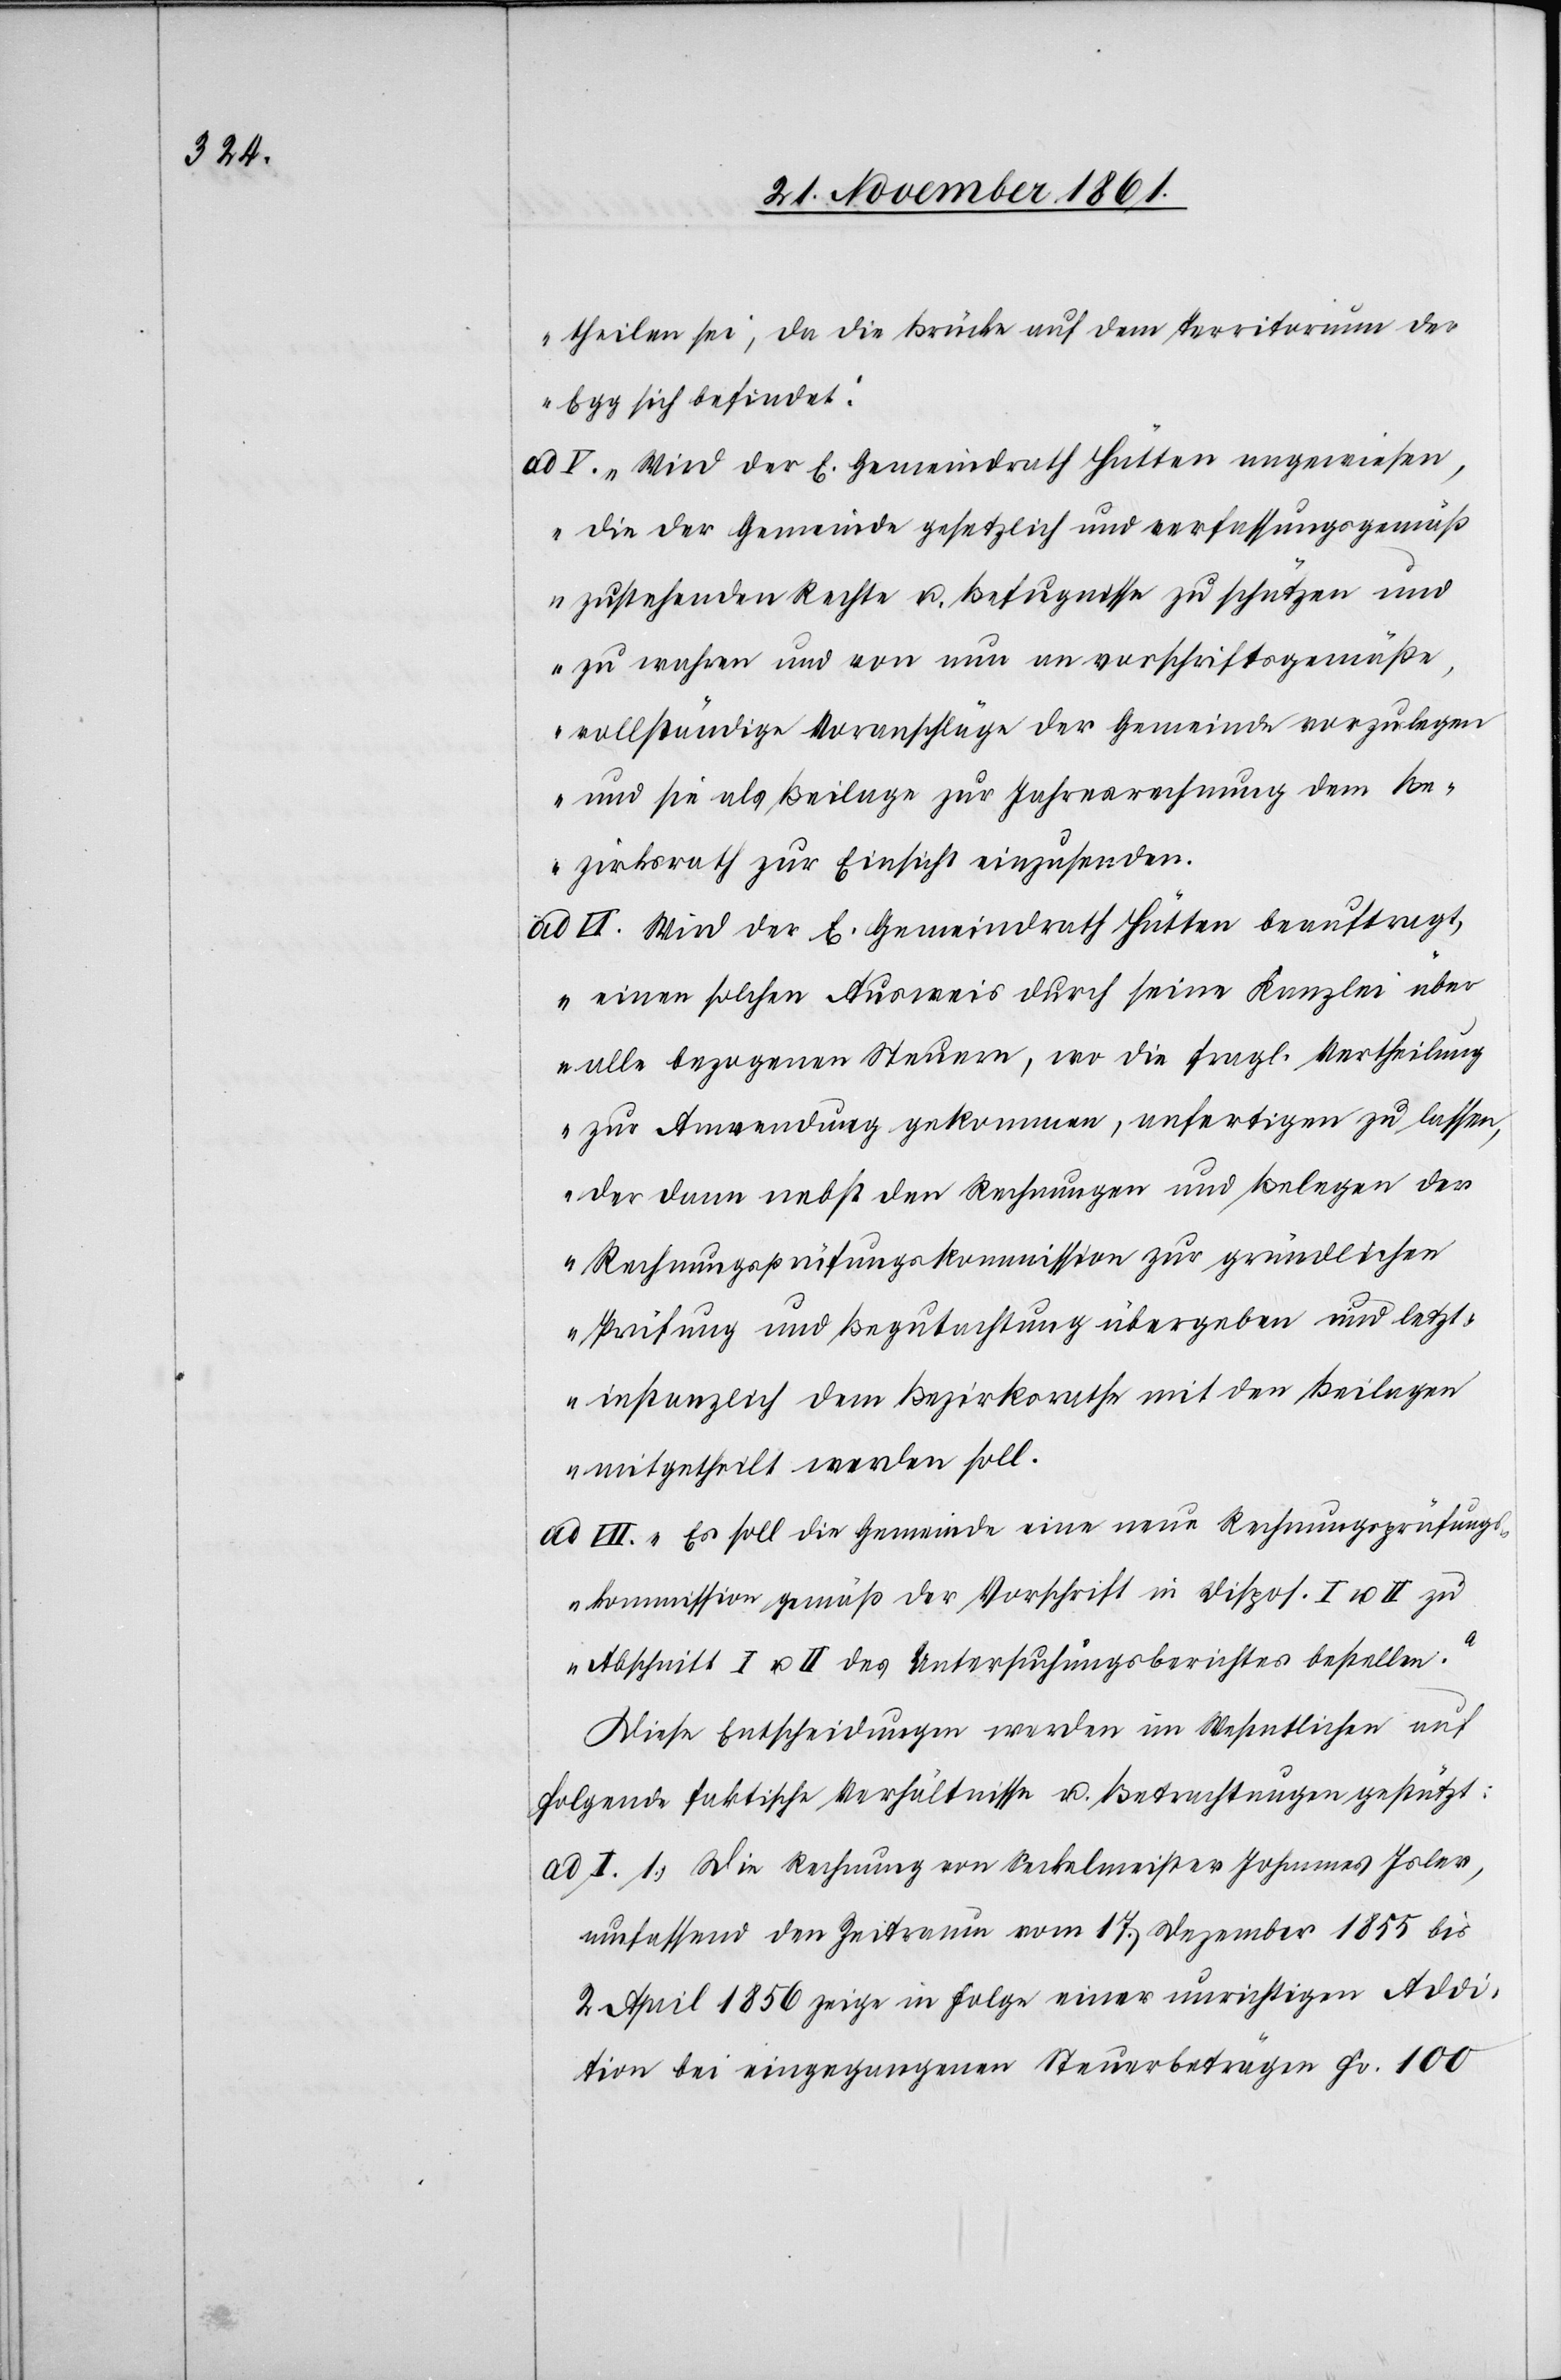
theilen sei, da die Brücke auf dem Territorium der
Egg sich befindet.
V. „Wird der E. Gemeindrath Hètten angewiesen,
die der Gemeinde gesetzlich und verfassungsgemäß
zustehenden Rechte u. Befugnisse zu schützen und
zu wahren und von nun an vorschriftsgemäße,
vollständige Voranschläge der Gemeinde vorzulegen
und sie als Beilage zur Jahresrechnung dem Be¬
zirksrath zur Einsicht einzusenden.
Ad. VI. Wird der E. Gemeindrath Hütten beauftragt,
einen solchen Ausweis durch seine Kanzlei über
alle bezogenen Steuern, wo die fragl. Vertheilung
zur Anwendung gekommen, anfertigen zu lassen,
der dann nebst den Rechnungen und Belegen der
Rechnungsprüfungskommission zur gründlichen
Prüfung und Begutachtung übergeben und letzt¬
instanzlich dem Bezirksrathe mit den Beilagen
mitgetheilt werden soll.
ad VII. Es soll die Gemeinde eine neue Rechnungsprüfungs¬
kommission gemäß der Vorschrift in Dispos. I u. II. zu
Abschnitt I. u. II des Untersuchungsberichtes bestellen.“
Diese Entscheidungen werden im Wesentlichen auf
folgende faktische Verhältnisse u. Betrachtungen gestützt:
ad I. 1.) Die Rechnung von Seckelmeister Johannes Isler,
umfassend den Zeitraum vom 17 Dezember 1855 bis
2 April 1856 zeige in Folge einer unrichtigen Addi¬
tion bei eingegangenen Steuerbeträgen Fr. 100